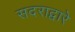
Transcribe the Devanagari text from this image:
सदराद्वारे